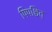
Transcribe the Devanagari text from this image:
पिपश्चित्